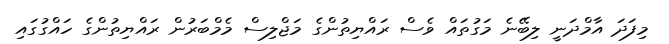
މިފަދަ އާމްދަނީ ލިބޭނެ މަގުތައްް ވެސް ރައްޔިތުންގެ މަޖްލިސް މެމްބަރުން ރައްޔިތުންގެ ހައްގުގައި